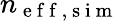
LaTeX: n_{\mathrm{~e~f~f~,~s~i~m~}}